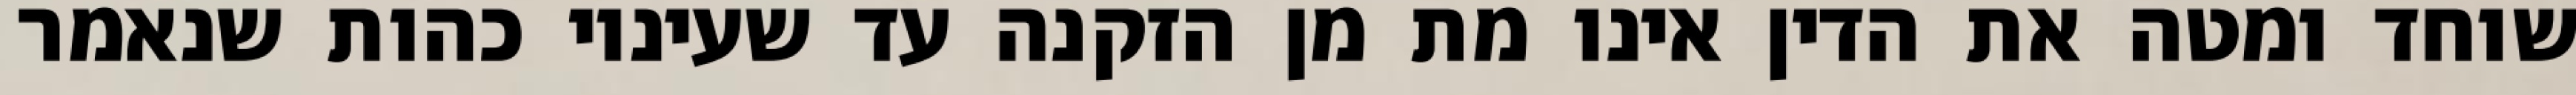
שוחד ומטה את הדין אינו מת מן הזקנה עד שעיניו כהות שנאמר